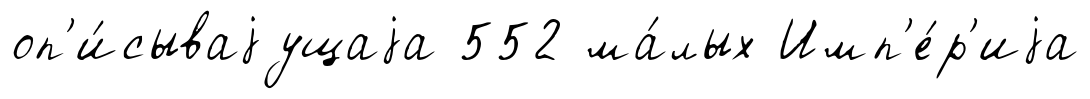
оп'и́сываjущаjа 552 ма́лых Имп'е́р'иjа